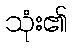
သုံး၏